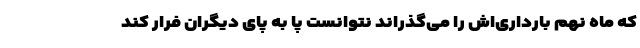
که ماه نهم بارداری‌اش را می‌گذراند نتوانست پا به پای دیگران فرار کند